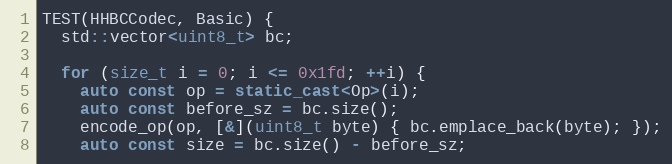
Language: C++
TEST(HHBCCodec, Basic) {
  std::vector<uint8_t> bc;

  for (size_t i = 0; i <= 0x1fd; ++i) {
    auto const op = static_cast<Op>(i);
    auto const before_sz = bc.size();
    encode_op(op, [&](uint8_t byte) { bc.emplace_back(byte); });
    auto const size = bc.size() - before_sz;